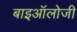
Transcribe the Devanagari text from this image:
बाइऑलोजी